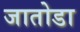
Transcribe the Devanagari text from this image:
जातोडा